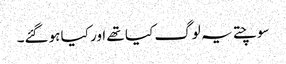
سوچتے یہ لوگ کیا تھے اور کیا ہوگئے۔